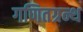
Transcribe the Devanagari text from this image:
गणितग्रन्थ